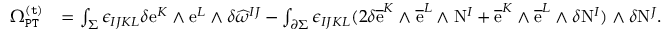
\begin{array} { r l } { \Omega _ { \mathtt { P T } } ^ { \mathtt { ( t ) } } } & { = \int _ { \Sigma } \epsilon _ { I J K L } \delta \mathrm { e } ^ { K } \wedge \mathrm { e } ^ { L } \wedge \delta \widehat { \omega } ^ { I J } - \int _ { \partial \Sigma } \epsilon _ { I J K L } ( 2 \delta \overline { { \mathrm { e } } } ^ { K } \wedge \overline { { \mathrm { e } } } ^ { L } \wedge \mathrm { N } ^ { I } + \overline { { \mathrm { e } } } ^ { K } \wedge \overline { { \mathrm { e } } } ^ { L } \wedge \delta \mathrm { N } ^ { I } ) \wedge \delta \mathrm { N } ^ { J } . } \end{array}